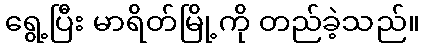
ရွေ့ပြီး မာရိတ်မြို့ကို တည်ခဲ့သည်။